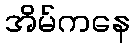
အိမ်ကနေ